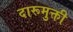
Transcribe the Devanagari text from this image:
दारूमुक्ती